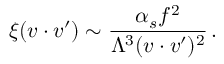
\xi ( v \cdot v ^ { \prime } ) \sim \frac { \alpha _ { s } f ^ { 2 } } { \Lambda ^ { 3 } ( v \cdot v ^ { \prime } ) ^ { 2 } } \, .